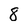
Character: 8